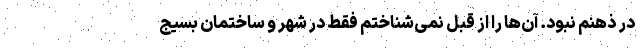
در ذهنم نبود. آن‌ها را از قبل نمی‌شناختم فقط در شهر و ساختمان بسیج